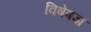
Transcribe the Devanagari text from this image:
विषेषज्ञ